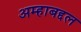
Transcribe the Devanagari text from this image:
अम्हाबद्दल